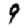
Digit: 9